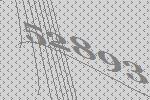
52893